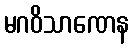
မဂဝိသာဏေန